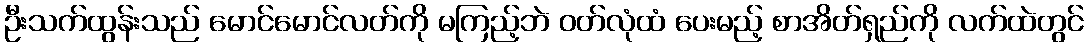
ဦးသက်ထွန်းသည် မောင်မောင်လတ်ကို မကြည့်ဘဲ ဝတ်လုံထံ ပေးမည့် စာအိတ်ရှည်ကို လက်ထဲတွင်